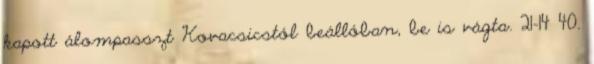
kapott álompasszt Kovacsicstól beállóban, be is vágta. 21–14 40.